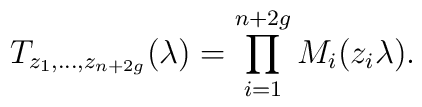
T_{z_{1},\dots,z_{n+2g}}(\lambda)=\prod_{i=1}^{n+2g}{M_{i}(z_{i}\lambda)}.